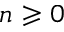
n \geqslant 0